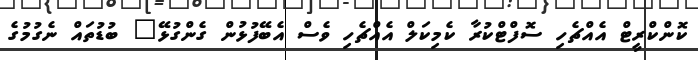
ކޮންކްރީޓް އެއްޗެހި ސޮފްޓްކުރާ ކެމިކަލް އެއްޗެހި ވެސް އެބޭފުޅުން ގެންގުޅޭ" ބުޑުތައް ނެގުމުގެ